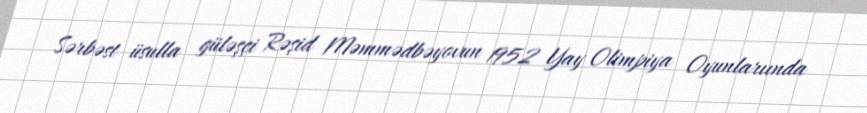
Sərbəst üsulla güləşçi Rəşid Məmmədbəyovun 1952 Yay Olimpiya Oyunlarıında